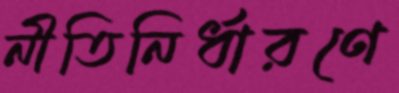
নীতিনির্ধারণে